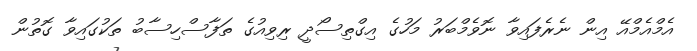
އެމްއެމްއޭ އިން ނެރެފައިވާ ނޮވެމްބަރު މަހުގެ އިގްތިސޯދީ ރިވިއުގެ ތަފާސްހިސާބު ތަކުގައިވާ ގޮތުން